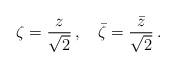
LaTeX: \begin{align*}\zeta = {z \over \sqrt{2}} \, ,\quad {\bar \zeta} = {\bar z\over \sqrt{2} }\,.\end{align*}